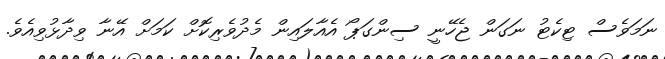
ނަމަވެސް ޓިކެޓު ނަގަން ޖެހޭނީ ސިންގަޕޯ އެއާލައިން މެދުވެރިކޮށް ކަމަށް އޭނާ ވިދާޅުވިއެވެ.